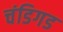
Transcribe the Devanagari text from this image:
चंडिगड